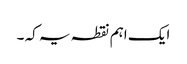
ایک اہم نقطہ یہ کہ ۔